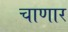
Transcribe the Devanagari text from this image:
चाणार